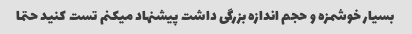
بسیار خوشمزه و حجم اندازه بزرگی داشت پیشنهاد میکنم تست کنید حتما